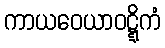
ကာယဝေယာဝဋ္ဋိကံ